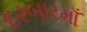
દરબારમાઁ